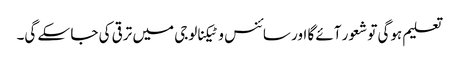
تعلیم ہوگی تو شعور آئے گا اور سائنس و ٹیکنالوجی میں ترقی کی جا سکے گی۔